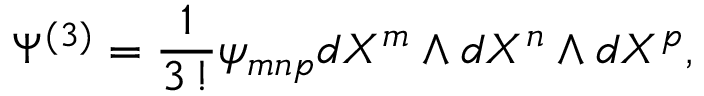
\Psi ^ { ( 3 ) } = \frac { 1 } { 3 \, ! } \psi _ { m n p } d X ^ { m } \wedge d X ^ { n } \wedge d X ^ { p } ,